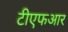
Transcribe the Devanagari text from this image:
टीएफआर